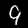
Digit: 9